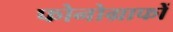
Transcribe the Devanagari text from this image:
फोनोग्राफों